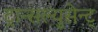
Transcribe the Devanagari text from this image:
ट्रान्सल्युसेन्ट्